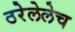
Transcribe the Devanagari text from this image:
ठरेलेलेच